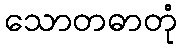
သောတဓာတုံ